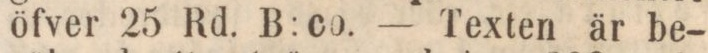
öfver 25 Rd. B: co. — Texten är be-